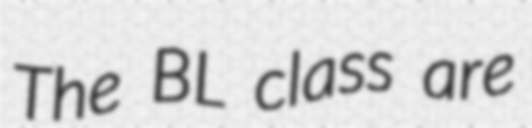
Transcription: The BL class are